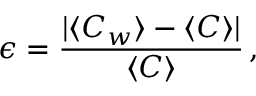
\epsilon = \frac { | \langle C _ { w } \rangle - \langle C \rangle | } { \langle C \rangle } \, ,